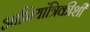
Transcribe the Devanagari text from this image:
आभियांत्रिकीशी